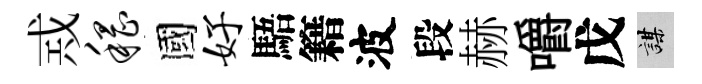
𢦶稽國好䮏籍波段赫嚼戊謀